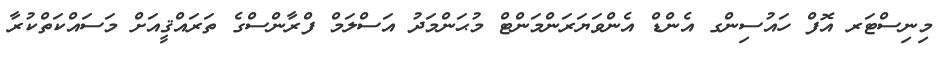
މިނިސްޓަރ އޮފް ހައުސިންގ އެންޑް އެންވަޔަރަންމަންޓް މުޙަންމަދު އަސްލަމް ފްރާންސްގެ ތަރައްޤީއަށް މަސައްކަތްކުރާ